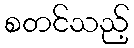
စတင်သည့်